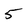
Character: 5